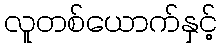
လူတစ်ယောက်နှင့်